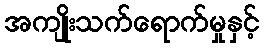
အကျိုးသက်ရောက်မှုနှင့်